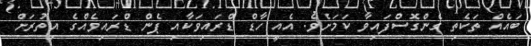
ބައެއް ތަކެތި ގެންގޮސްފައިވާ ކަމަށެވެ. އެއީ ހާޑް ޑްރައިވަކާއި ޕެން ޑްރައިވެއްގެ އިތުރަށް